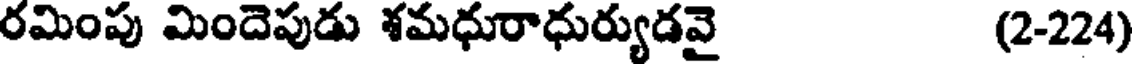
రమింపు మిందెపుడు శమధురాధుర్యుడవై (2-224)